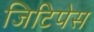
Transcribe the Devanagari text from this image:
जिटिपेस